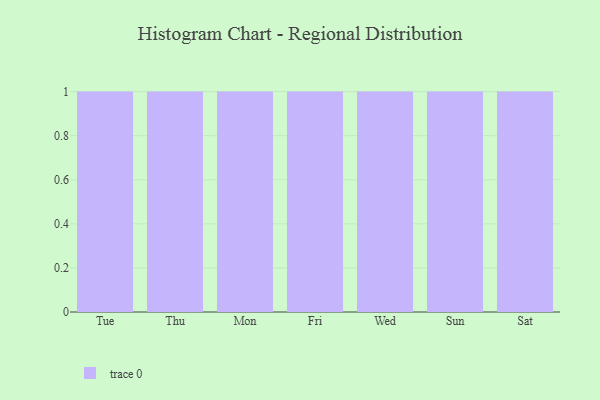
{"axis": {"x": "Day", "y": "Energy Usage (MWh)"}, "legend": [""], "data": [{"x": "Tue", "y": 79, "type": ""}, {"x": "Thu", "y": 46, "type": ""}, {"x": "Mon", "y": 82, "type": ""}, {"x": "Fri", "y": 33, "type": ""}, {"x": "Wed", "y": 6, "type": ""}, {"x": "Sun", "y": 60, "type": ""}, {"x": "Sat", "y": 27, "type": ""}]}